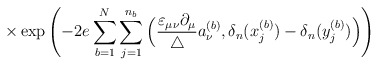
\begin{align*}\times \exp \left( -2 e \sum_{b=1}^N \sum_{j=1}^{n_b}\Big( \frac{\varepsilon_{\mu \nu} \partial_\mu}{\triangle} a^{(b)}_\nu,\delta_n(x_j^{(b)}) - \delta_n(y_j^{(b)}) \Big) \right)\end{align*}